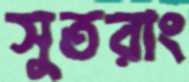
সুতরাং